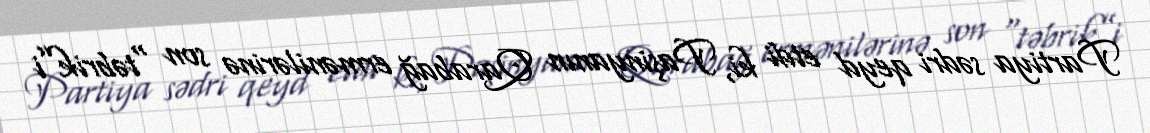
Partiya sədri qeyd etdi ki, Paşinyanın Qarabağ ermənilərinə son “təbrik”i